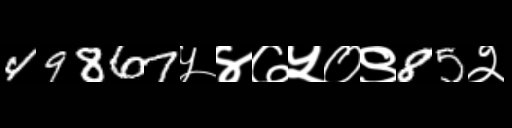
Text: 49867५४७५०९85२